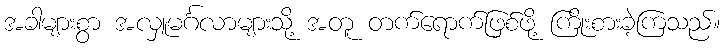
အခါများစွာ အလှူမင်္ဂလာများသို့ အတူ တက်ရောက်ဖြစ်ဖို့ ကြိုးစားခဲ့ကြသည်။